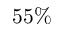
5 5 \%